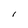
Character: I